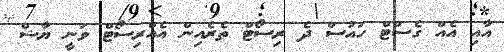
އާއި އެއް ގެސްޓް ހައުސް ދެ ރިސޯޓް ތެރެއިން އެއްރިސޯޓް ވަނީ ޔާޝް